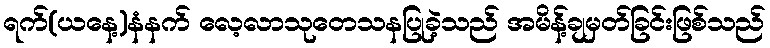
ရက်(ယနေ့)နံနက် လေ့လာသုတေသနပြုခဲ့သည် အမိန့်ချမှတ်ခြင်းဖြစ်သည်